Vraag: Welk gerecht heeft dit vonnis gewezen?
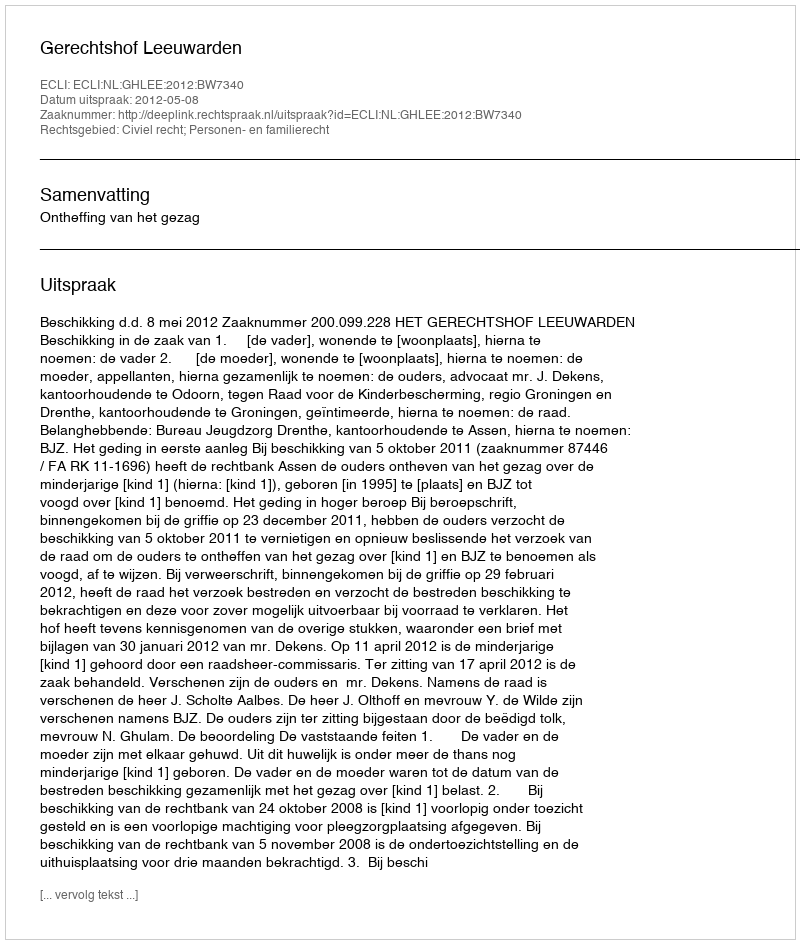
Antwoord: Gerechtshof Leeuwarden